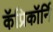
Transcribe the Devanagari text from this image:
कॅप्रिकॉर्नि